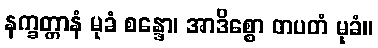
နက္ခတ္တာနံ မုခံ စန္ဒော၊ အာဒိစ္စော တပတံ မုခံ။